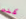
كنت